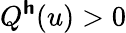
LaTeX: Q^{\boldsymbol{\mathsf{h}}}(u)>0